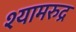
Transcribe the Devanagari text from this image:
श्यामरुद्र